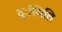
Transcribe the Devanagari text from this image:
दुःस्थिति